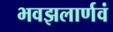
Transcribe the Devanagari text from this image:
भवझलार्णवं